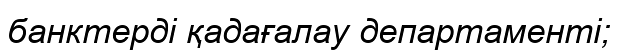
банктерді қадағалау департаменті;